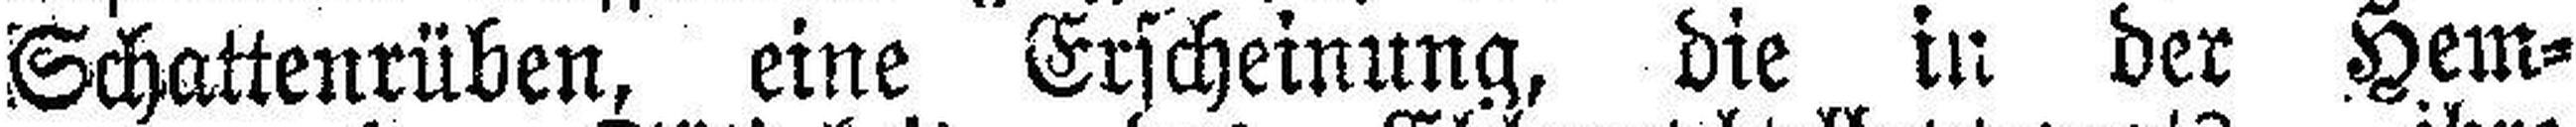
Schattenrüben, eine Erscheinung, die in der Hem¬